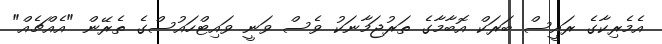
އެމެރިކާގެ ރައީސް ބަރަކް އޮބާމާގެ ތަރުޖަމާނަކު ވެސް ވަނީ ވައިޓްހައުސްގެ ތެރޭން "އެއްޗެއް"